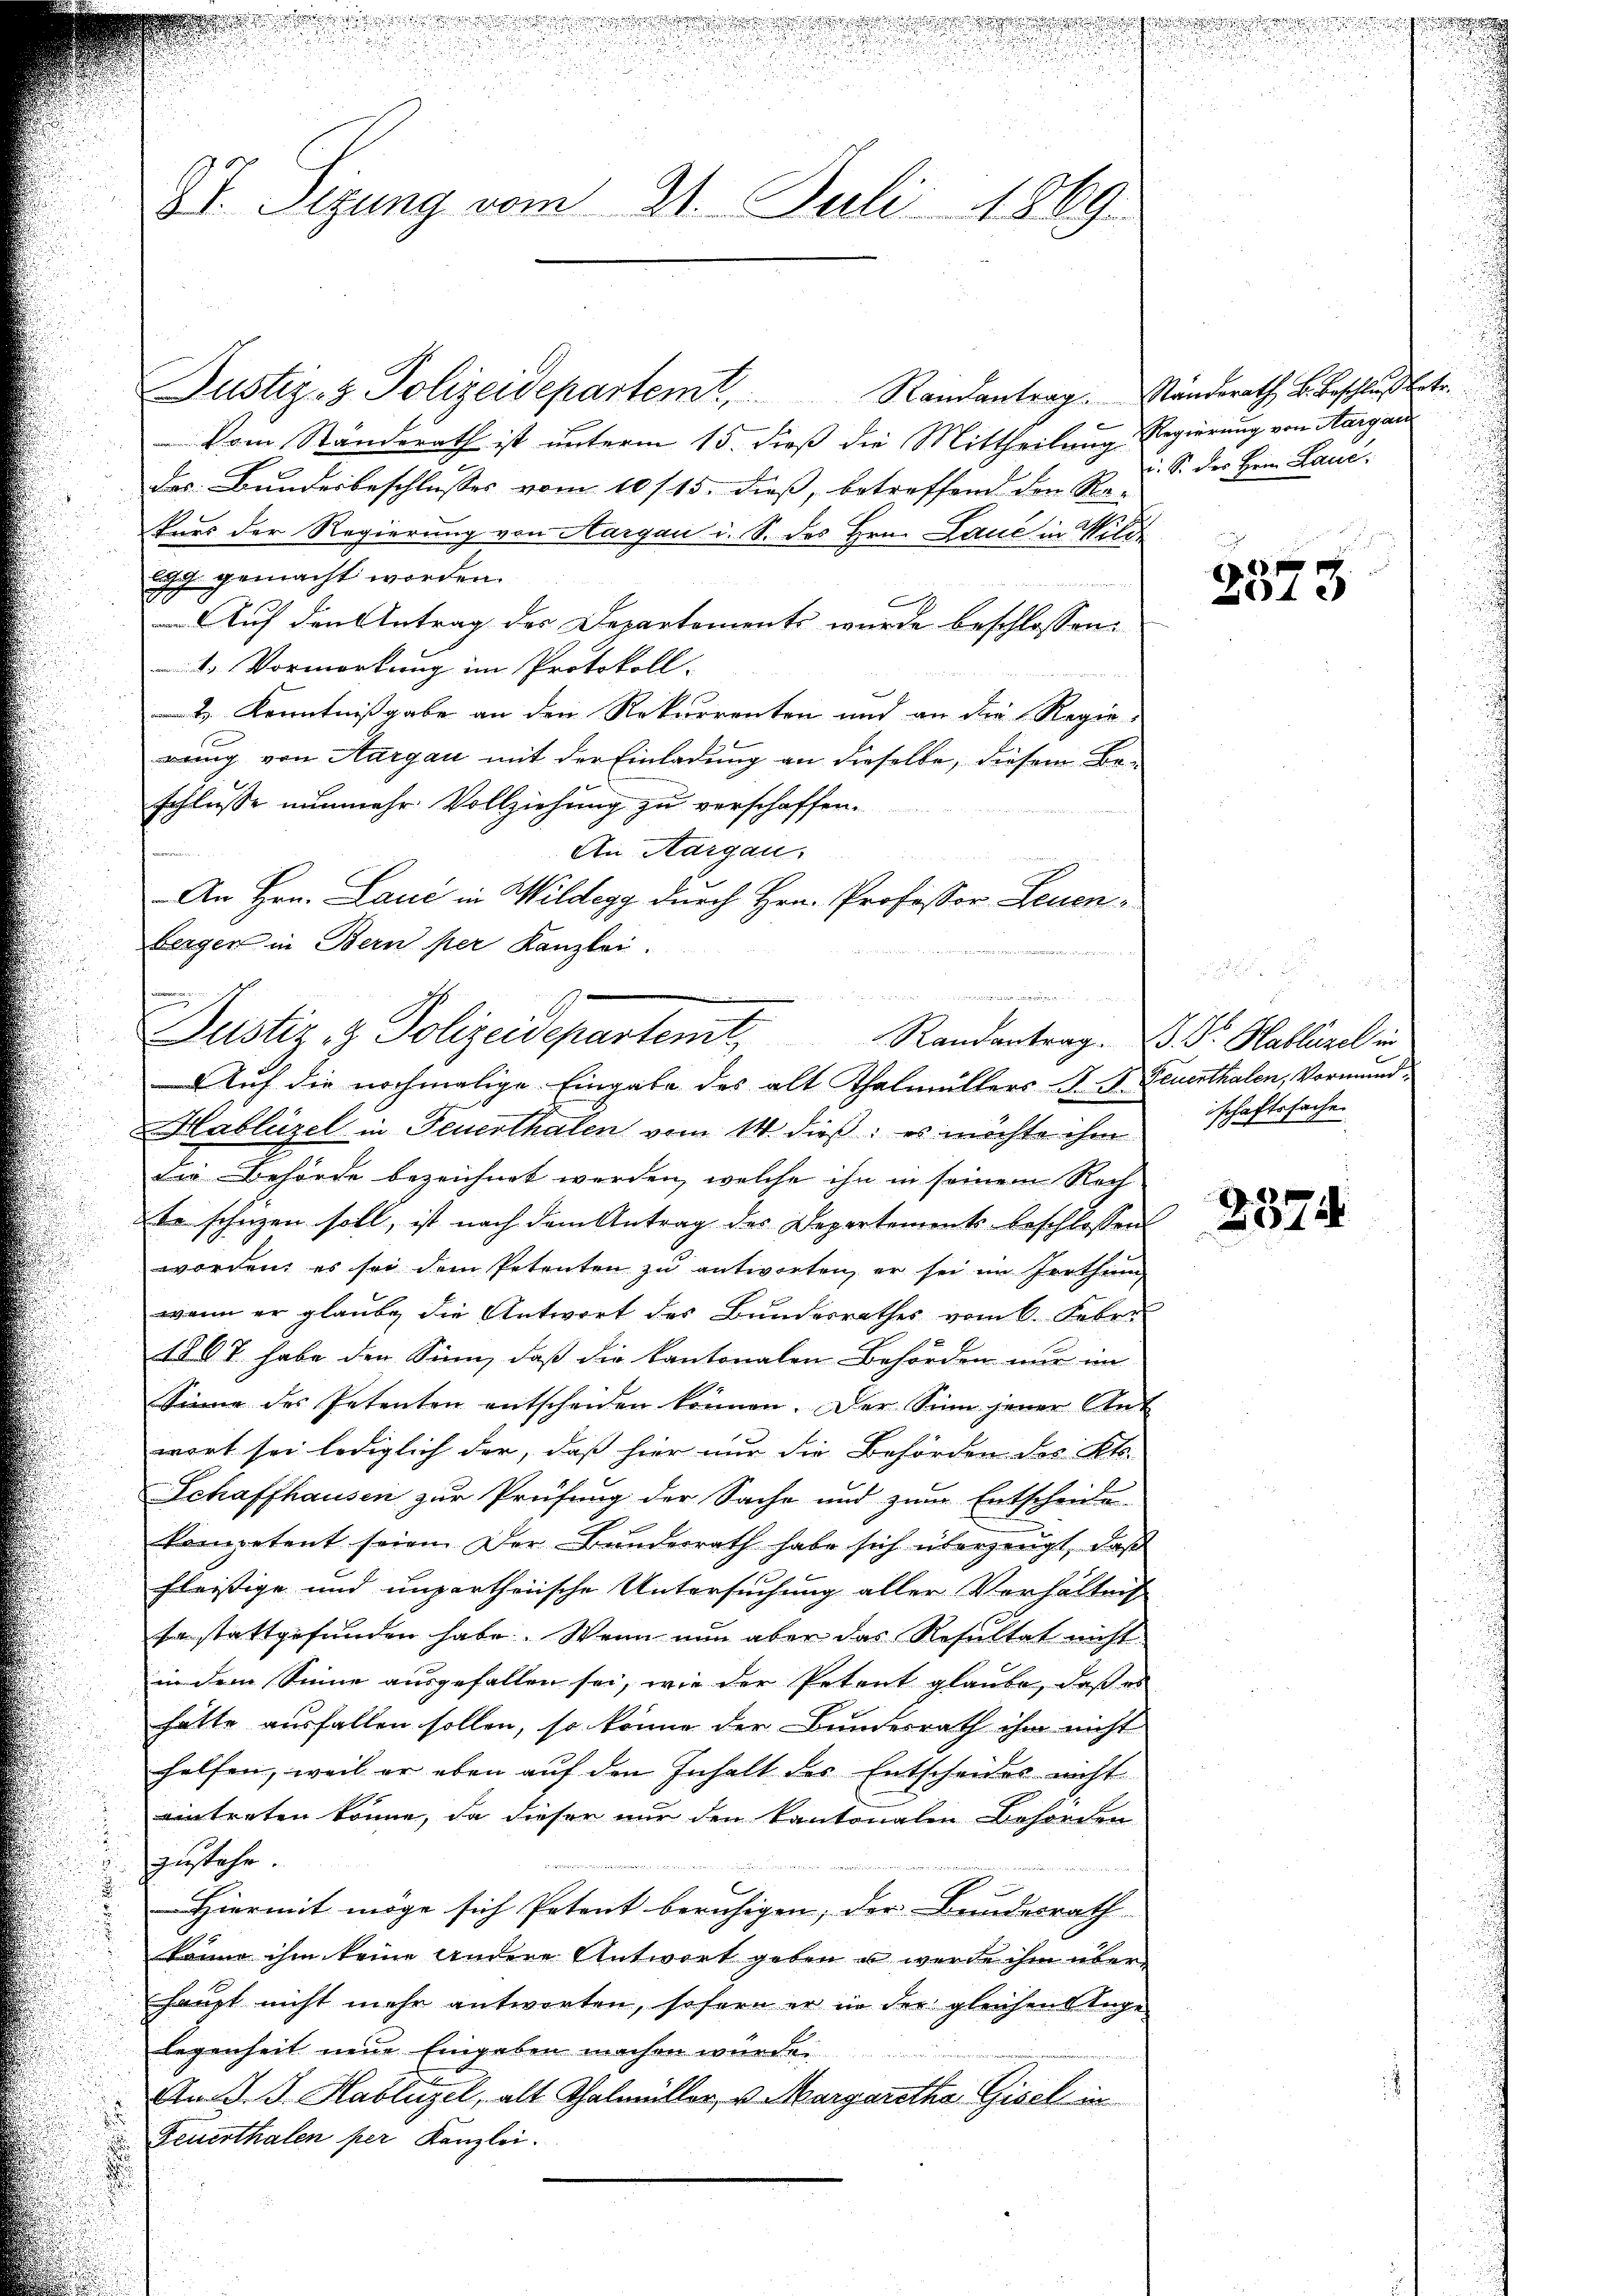
87. Sizung vom 21. Juli 1869.

Justiz- & Polizeidepartem Randantrag. Ständerath B. Beschluß betr.
Vom Standerath ist unterm 15. dieß die Mittheilung
das Bundesbeschlusses vom 10/15. dieß, betreffend den Re-
kurs der Regierung von Aargau i. S. des Hrn. Laue in Wile.
Egg gemacht worden.
Auf den Antrag des Departements wurde beschlossen:
4. Vormerkung im Protokoll-
H. Kenntnißgabe an den Rekurrenten und an die Regierung von Aargau mit der Einladung an dieselbe, diesem Be-
schlusse nunmehr Vollziehung zu verschaffen.
An Aargau.
An Hrn. Lauć in Wildegg durch Hrn. Professor Leuenbergen in Bern per Kanzlei.
 Hablützel in Feuerthalen vom 14. dieß, es möchte ihm
die Behörde bezeichnet werden, welche ihn in seinem Rech
te schüzen soll, ist nach dem Antrag des Departements beschlossen
worden, es sei dem Petenten zu antworten, er sei im Irrthum
wenn er glaube die Antwort des Bundesrathes vom 6. Febr.
1867 habe den Sinn, daß die Kantonalen Behörden nur im
Sinne des Petenten entscheiden können. Der Sinn jener An-
wort sei lediglich der, daß hier nur die Behörden des Kts.
Schaffhausen zur Prüfung der Sache und zum Entscheide
kompetent seien. Der Bunderrath habe sich überzeugt, daß
fleißige und unpartheische Untersuchung aller Vorhalten
sa stattgefunden habe. Wenn nun aber das Resultat nicht
in dem Sinne ausgefallen sei, wie der Petent glaube, daß er
hatte ausfallen sollen, so könne der Bundesrath ihm nicht
helfen, weil er eben auf den Inhalt des Entscheides nicht
eintreten könne, da dieser nur den kantonalen Behörden
zustehe
6
Hiermit möge sich Petent beruhigen, der Bundesrath
kann ihm keine andere Antwort geben u werde ihm über
haupt nicht mehr antworten, sofern er in der gleichen Tag
legenheit neue Eingaben machen wurde.
An d. J. Hablüzel, alt Thalmüller, v. Margaretha Gisel in
Feuerthalen per Kanzlei.

n
Justiz & Polizeidepartemt,
Randantrag.
Auf die nochmalige Eingabe des alt Thalmüllers d. S.

Regierung von Aargau
i. S. der Herrn Lauc

h

x
13

B Dr. Hablirzel in
Feuerthalen, Vormundschaftssache

2374.